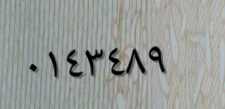
٠١٤٣٤٨٩